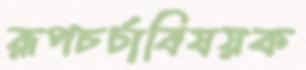
রূপচর্চাবিষয়ক